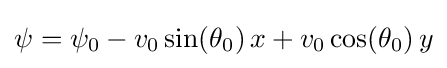
\psi =\psi _{0}-v_{0}\sin(\theta _{0})\,x+v_{0}\cos(\theta _{0})\,y